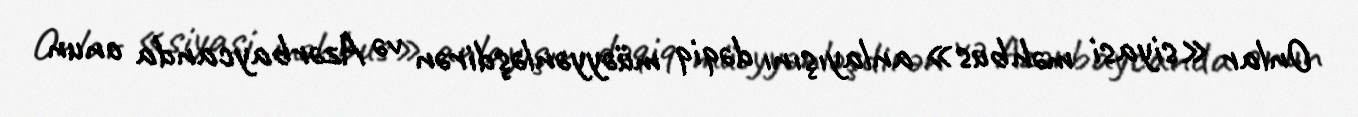
Onlar «siyasi məhbus» anlayışını dəqiq müəyyənləşdirən və Azərbaycanda onun